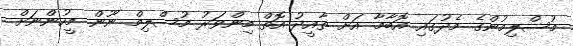
މުސްލިމުންގެ މެދުގައި އޮބާމާ އަށް ތާއީދު އޮތް މިންވަރު މުސްލިމް ނޫން މީހުންނަށް